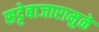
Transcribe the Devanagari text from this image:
सट्टेबाजारामुळे